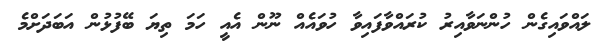
ލައްވައިގެން ހުންނަވާއިރު ކުރައްވާފައިވާ ހުވައެއް ނޫން އެއީ ހަމަ ތިޔަ ބޭފުޅުން އަބަދަށްމެ